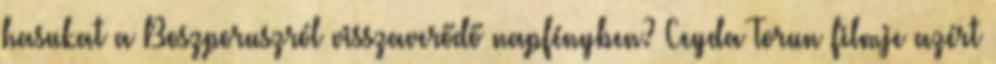
hasukat a Boszporuszról visszaverődő napfényben? Ceyda Torun filmje azért